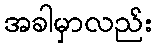
အခါမှာလည်း